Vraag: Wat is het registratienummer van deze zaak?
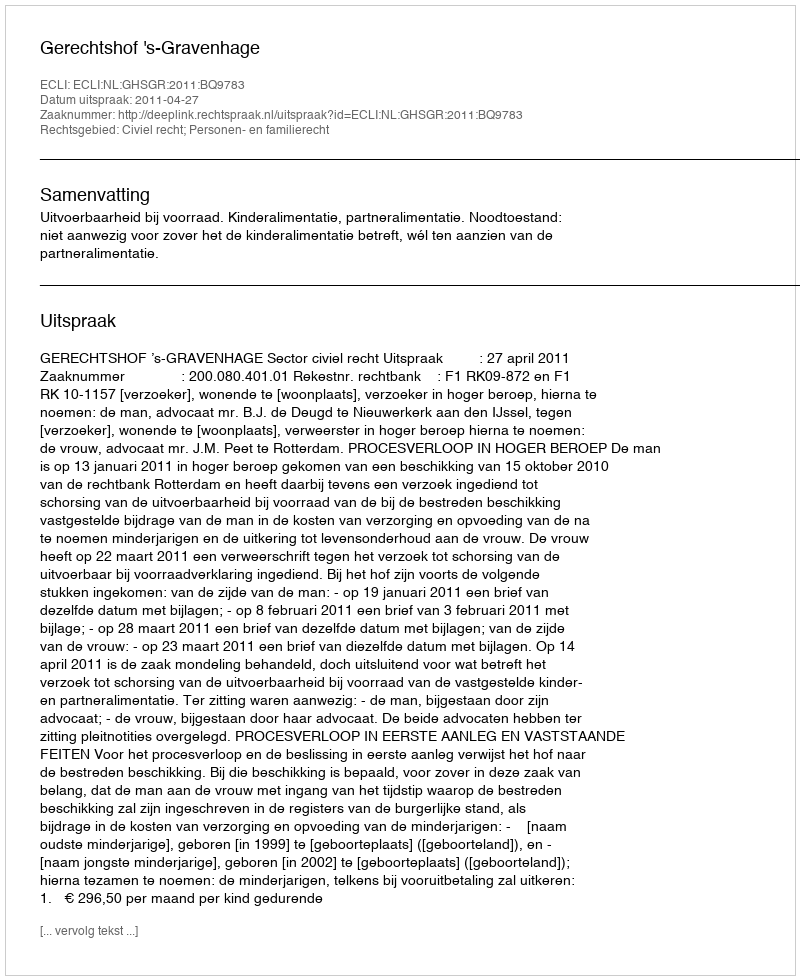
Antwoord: http://deeplink.rechtspraak.nl/uitspraak?id=ECLI:NL:GHSGR:2011:BQ9783